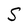
Character: S